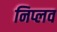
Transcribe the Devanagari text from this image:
निप्लव